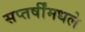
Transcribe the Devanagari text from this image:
सप्तर्षींमधले